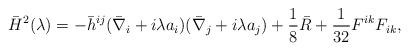
LaTeX: \begin{align*}\bar{H}^2(\lambda)=-\bar{h}^{ij}(\bar{\nabla}_i+i\lambda a_i)(\bar{\nabla}_j+i\lambda a_j)+\frac 18 \bar{R}+{1 \over 32} F^{ik}F_{ik},\end{align*}